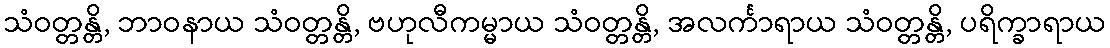
သံဝတ္တန္တိ, ဘာဝနာယ သံဝတ္တန္တိ, ဗဟုလီကမ္မာယ သံဝတ္တန္တိ, အလင်္ကာရာယ သံဝတ္တန္တိ, ပရိက္ခာရာယ